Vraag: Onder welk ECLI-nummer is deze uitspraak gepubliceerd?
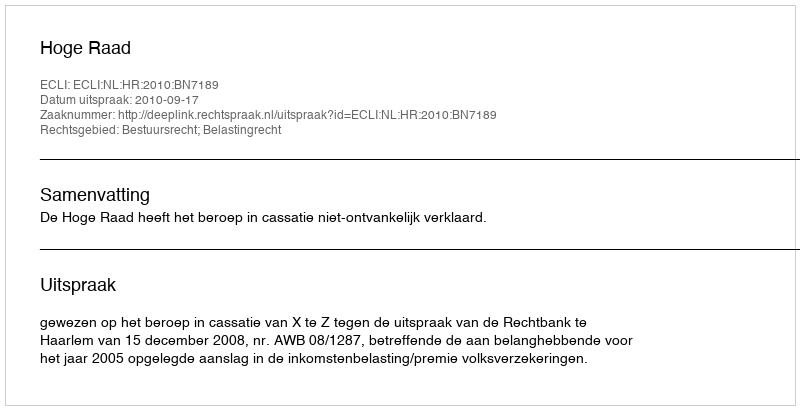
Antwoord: ECLI:NL:HR:2010:BN7189